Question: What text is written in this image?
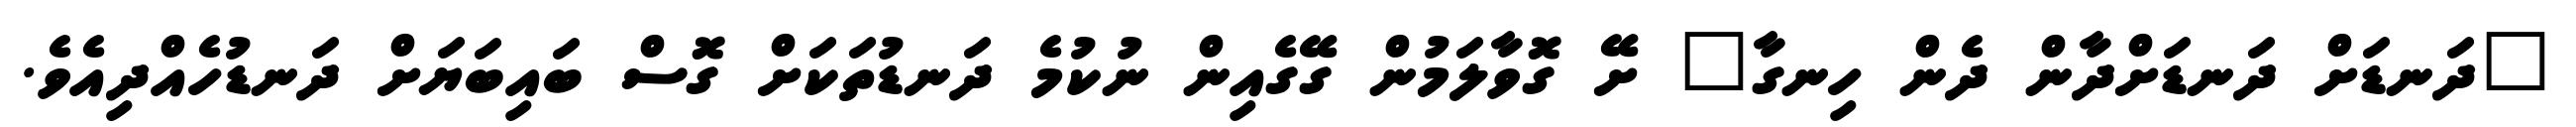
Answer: "ދަނޑަށް ދަނޑަށްދާން ދެން ހިނގާ" ށޭ ގޮވާލަމުން ގޭގެއިން ނުކުމެ ދަނޑުތަކަށް ގޮސް ބައިބަޔަށް ދަނޑުހެއްދިއެވެ.